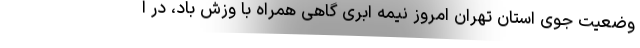
وضعیت جوی استان تهران امروز نیمه ابری گاهی همراه با وزش باد، در ا